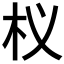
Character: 𭩚